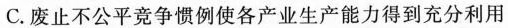
C.废止不公平竞争惯例使各产业生产能力得到充分利用